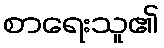
စာရေးသူ၏